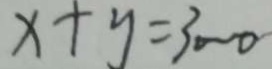
x + y = 3 0 0 0